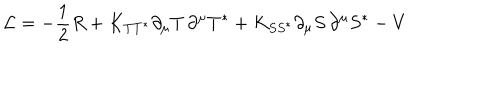
LaTeX: { \cal { L } } = - \frac { 1 } { 2 } R + K _ { T T ^ { * } } \partial _ { \mu } T \, \partial ^ { \mu } T ^ { * } + K _ { S S ^ { * } } \partial _ { \mu } S \, \partial ^ { \mu } S ^ { * } - V